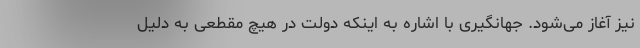
نیز آغاز می‌شود. جهانگیری با اشاره به اینکه دولت در هیچ مقطعی به دلیل